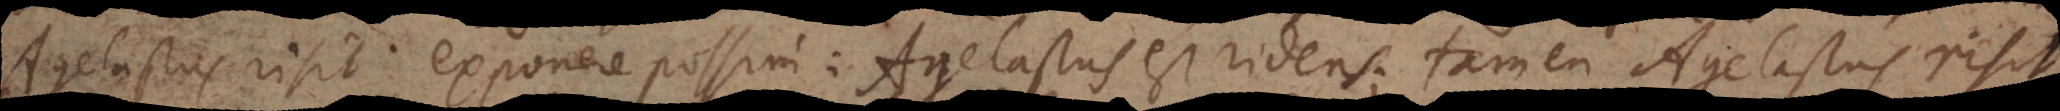
Agelastus risit exponere possim: Agelastus est ridens; tamen Agelastus risit